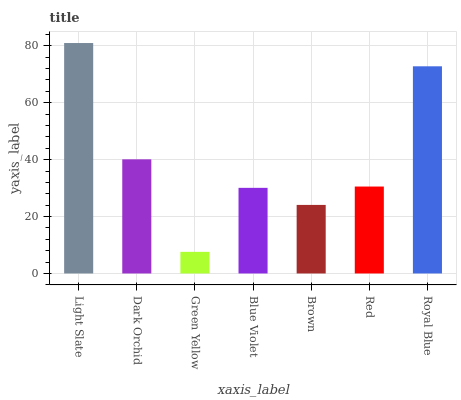
| xaxis_label | bars |
 | --- | --- |
 | Light Slate | 81 |
 | Dark Orchid | 40.1 |
 | Green Yellow | 7.6 |
 | Blue Violet | 30.1 |
 | Brown | 24.1 |
 | Red | 30.5 |
 | Royal Blue | 72.8 |